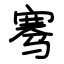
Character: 骞